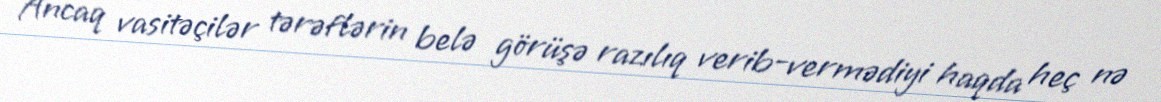
Ancaq vasitəçilər tərəflərin belə görüşə razılıq verib-vermədiyi haqda heç nə